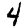
Digit: 4